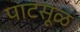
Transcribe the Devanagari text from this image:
पाटसूळ